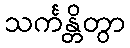
သင်္ကန္တိတွာ